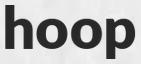
hoop